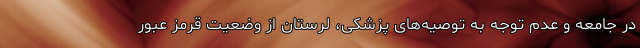
در جامعه و عدم توجه به توصیه‌های پزشکی، لرستان از وضعیت قرمز عبور